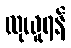
လုယူရန်